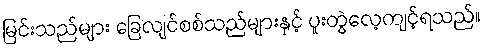
မြင်းသည်များ ခြေလျင်စစ်သည်များနှင့် ပူးတွဲလေ့ကျင့်ရသည်။